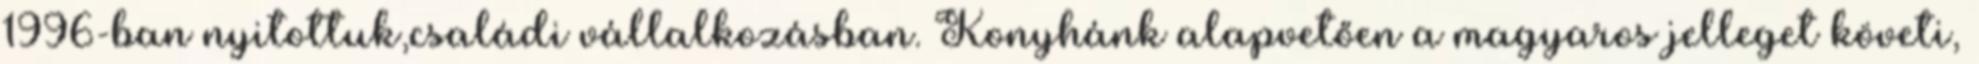
1996-ban nyitottuk,családi vállalkozásban. Konyhánk alapvetően a magyaros jelleget követi,